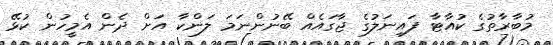
މުބާރާތުގެ ކުއާޓާ ފައިނަލުގެ ޖާގައެއް ބޭނުންނަމަ ލަންކާ އަށް ދެން އެމީހުން ކުޅޭ